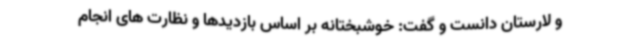
و لارستان دانست و گفت: خوشبختانه بر اساس بازدیدها و نظارت های انجام